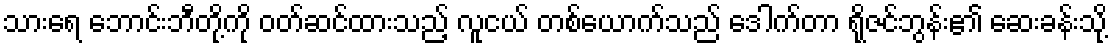
သားရေ ဘောင်းဘီတို့ကို ဝတ်ဆင်ထားသည့် လူငယ် တစ်ယောက်သည် ဒေါက်တာ ရိုဇင်ဘွန်း၏ ဆေးခန်းသို့